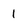
Character: I